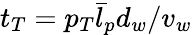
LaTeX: t_{T}=p_{T}\bar{l}_{p}d_{w}/v_{w}